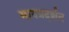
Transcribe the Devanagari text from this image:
भावप्रदर्शन